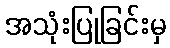
အသုံးပြုခြင်းမှ